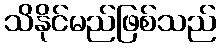
သိနိုင်မည်ဖြစ်သည်